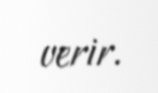
verir.